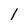
Character: l